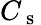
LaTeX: C_{\mathrm{~s~}}